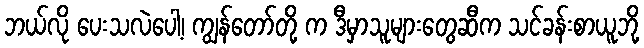
ဘယ်လို ပေးသလဲပေါ့၊ ကျွန်တော်တို့ က ဒီမှာသူများတွေဆီက သင်ခန်းစာယူဘို့